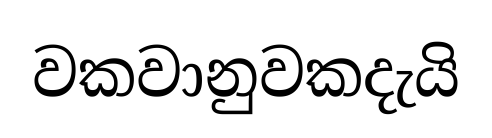
වකවානුවකදැයි